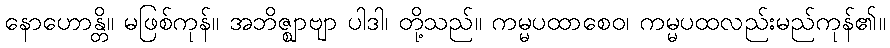
နောဟောန္တိ။ မဖြစ်ကုန်။ အဘိဇ္ဈာဗျာ ပါဒါ၊ တို့သည်။ ကမ္မပထာစေဝ၊ ကမ္မပထလည်းမည်ကုန်၏။